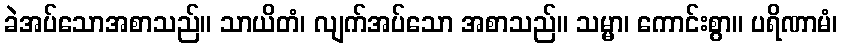
ခဲအပ်သောအစာသည်။ သာယိတံ၊ လျက်အပ်သော အစာသည်။ သမ္မာ၊ ကောင်းစွာ။ ပရိဏာမံ၊